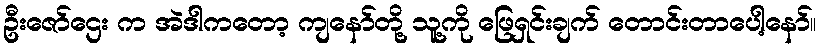
ဦးဇော်ဌေး က အဲဒါကတော့ ကျနော်တို့ သူ့ကို ဖြေရှင်းချက် တောင်းတာပေါ့နော်။